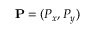
\mathbf { P } = ( P _ { x } , P _ { y } )